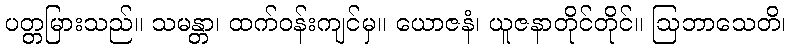
ပတ္တမြားသည်။ သမန္တာ၊ ထက်ဝန်းကျင်မှ။ ယောဇနံ၊ ယူဇနာတိုင်တိုင်။ ဩဘာသေတိ၊